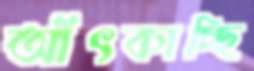
আঁৎকাচ্ছি